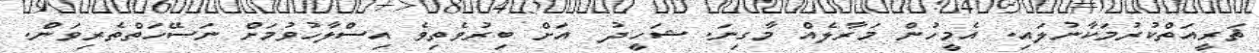
ޘަރީއަތްކުރުމަކާނުލައި. އެމީހުން މަރާލެއް މާގިނަ. ޝަހީދު  އަށް ބިރުވެތިވެ އިސްލާހުވުމަށް ނަސޭހަތްތެރިވަން.